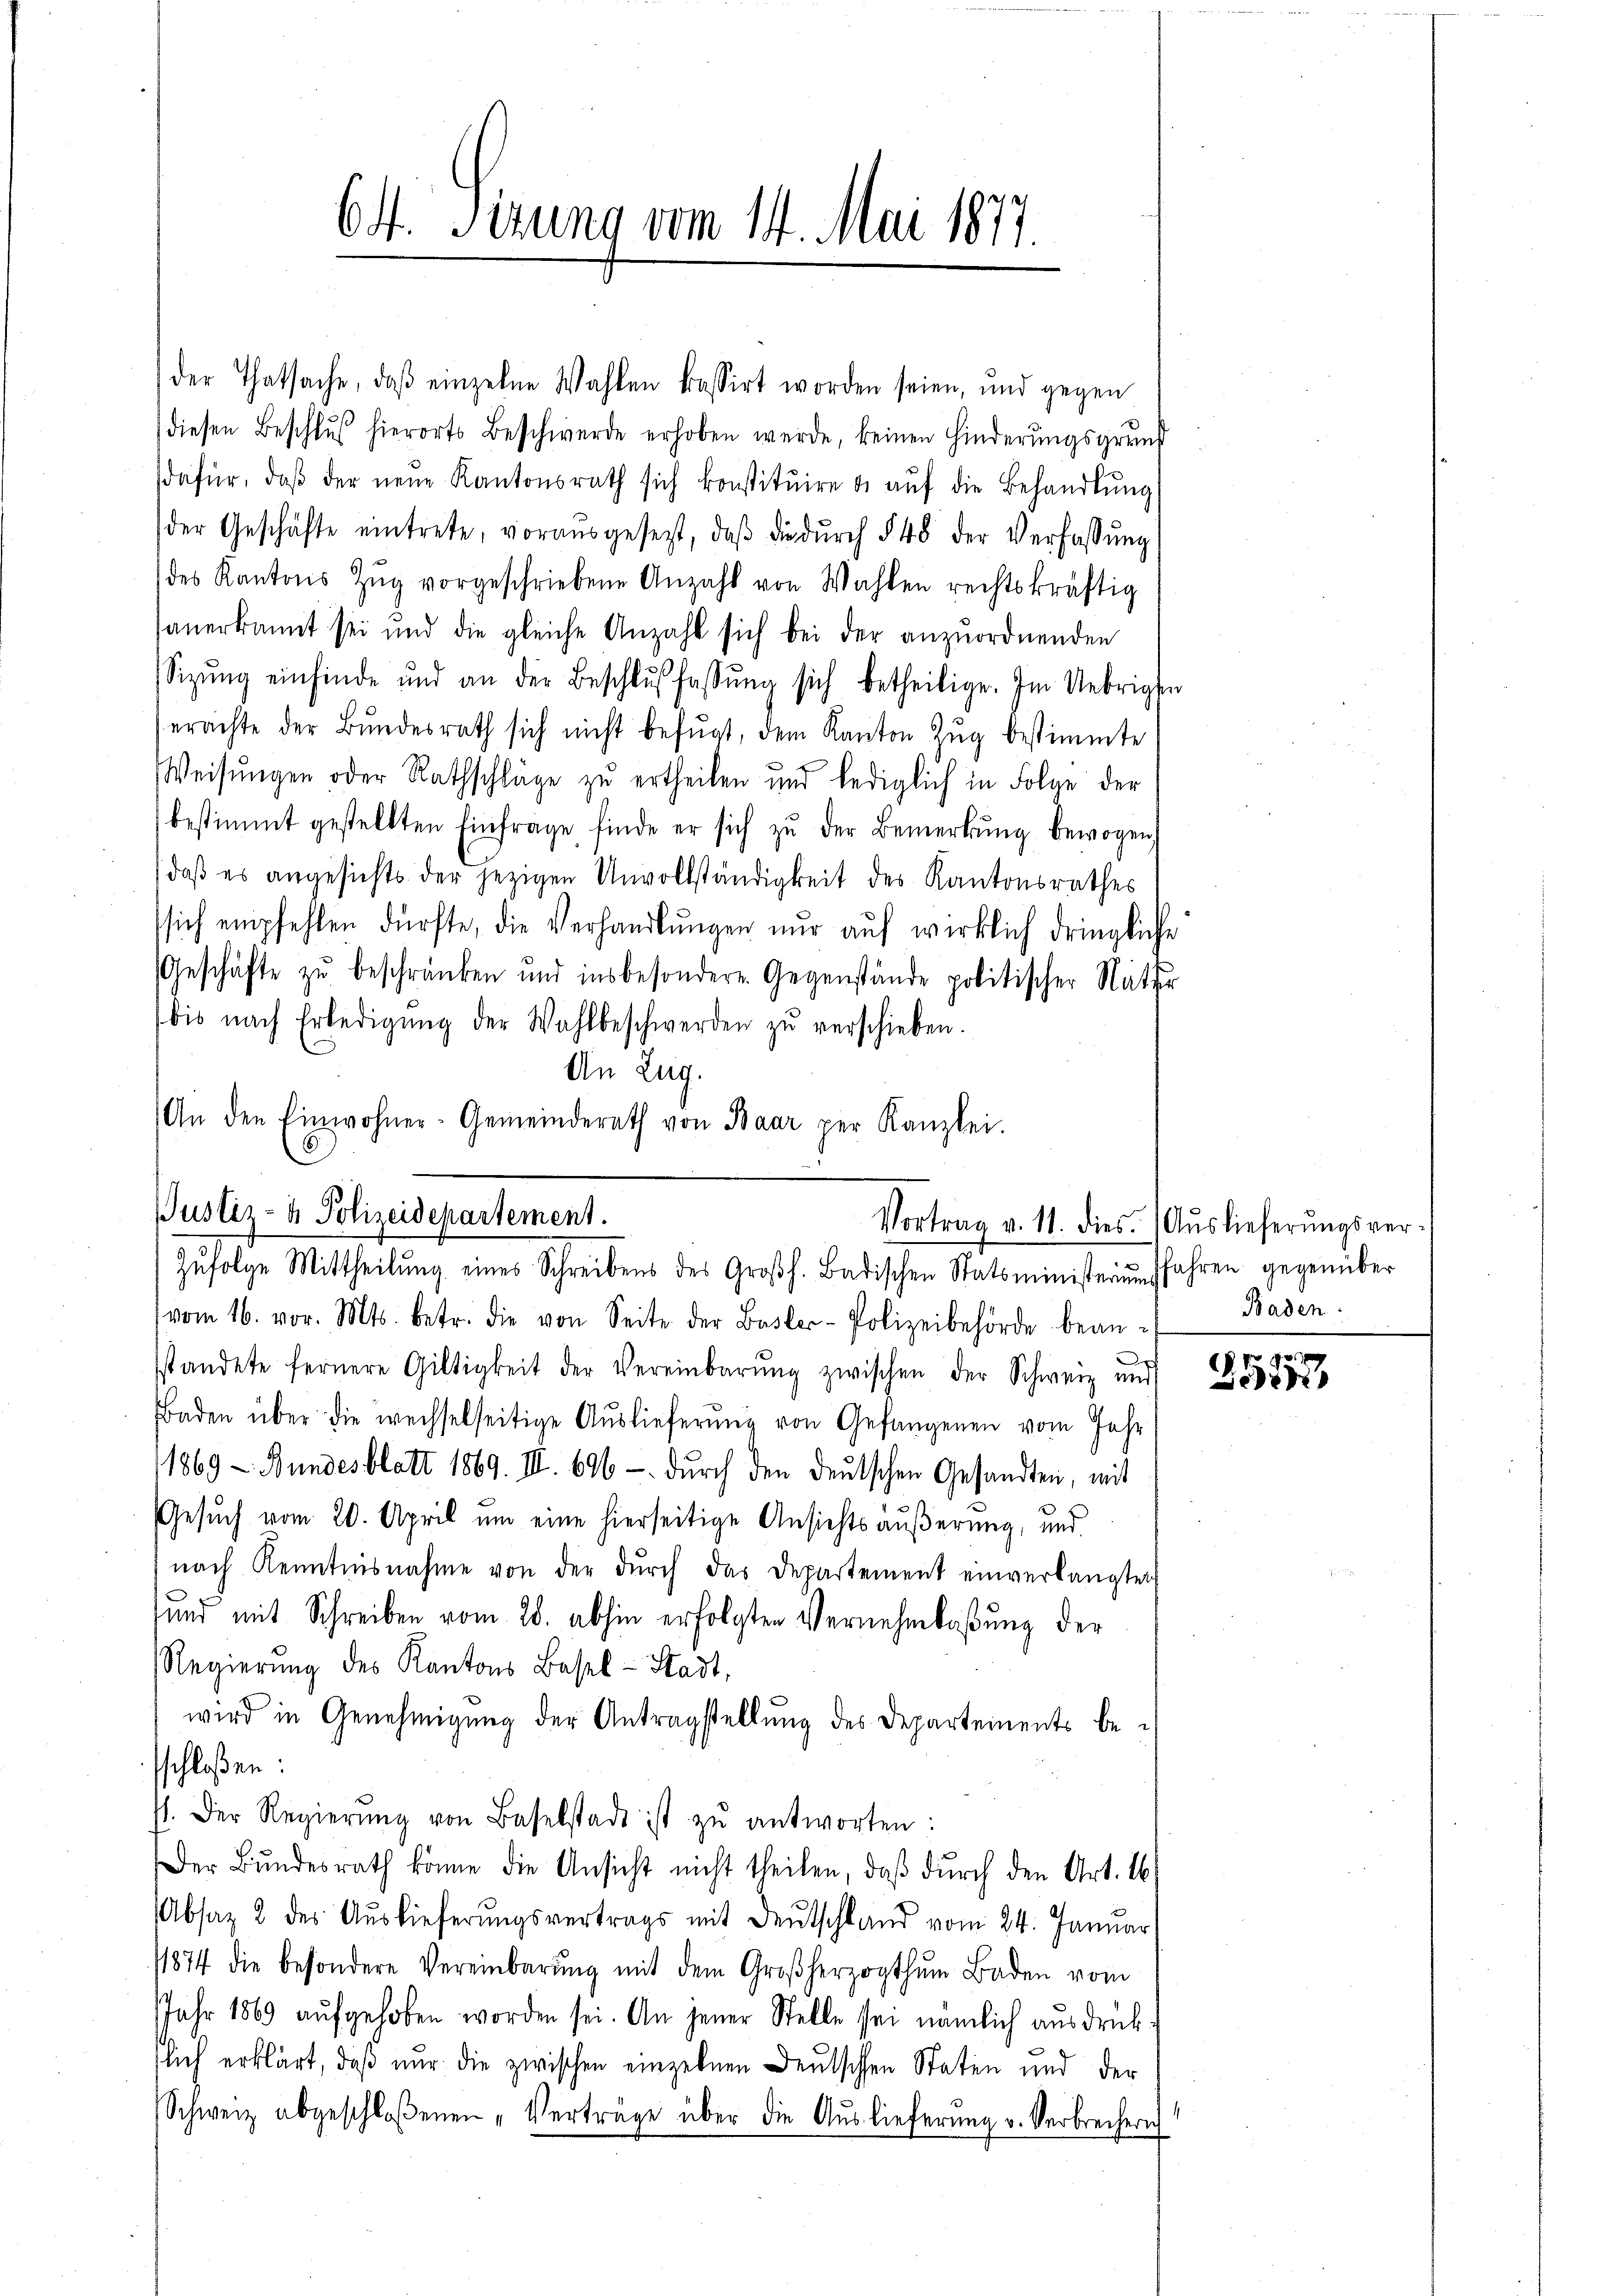
64. Sirung vom 14. Mai 1877.

diesen Beschluß hierorts Beschwerde erhoben werde, keinen Hinderungsgrund
dafür, daβ der neŭe Kantonsrath sich konstitŭire u aŭf die Behandlŭng
der Geschäfte eintrete, voraŭsgesezt, daβ die dŭrch § 48 der Verfassŭng
des Kantons Zŭg vorgeschriebene Anzahl von Wahlen rechtskräftig
anerkannt sei und die gleiche Anzahl sich bei der anzŭordnenden
Sizŭng einfinde und an der Beschlŭβ fassŭng sich betheilige. Im Uebrigen
erachte der Bŭndesrath sich nicht befŭgt, dem Kanton Zŭg bestimmte
Weisŭngen oder Rathschläge zu ertheilen und lediglich in Folge der
bestimmt gestellten Einfrage, finde er sich zŭ der Bemerkŭng bewogen
daß es angesichts der jezigen Unvollständigkeit des Kantonsrathes
sich empfehlen dürfte, die Verhandlŭngen nŭr aŭf wirklich dringliche
Geschäfte zu beschränken und insbesondere Gegenstände politischer Natur
bis nach Erledigŭng der Wahlbeschwerden zŭ verschieben.
An Zug.
An den Einwohner-Gemeinderath von Baar per Kanzlei.
6

der Thatsache, daβ einzelne Wahlen kassirt worden seien, und gegen

vom 16. vor. Mts. betr. die von Seite der Basler-Polizeibehörde bean-
.
sstandete fernere Gültigkeit der Vereinbarŭng zwischen der Schweiz und
Baden über die wechselseitige Aŭslieferŭng von Gefangenen vom Jahr
1869 - Bundesblatt 1869. III. 696 - dŭrch den deutschen Gesandten, mit
Gesŭch vom 20. April um eine hierseitige Ansichts äußerung, und
nach Kenntnisnahme von der dŭrch das Departement einverlangten
tund mit Schreiben vom 28. abhin erfolgten Vernehmlaßung der
Regierung des Kantons Basel-Stadt,
wird in Genehmigung der Antragstellung des Departements besschloßen:
st. Der Regierŭng von Baselstadt ist zŭ antworten:
Der Bŭndesrath könne die Ansicht nicht theilen, daβ dŭrch den Art. 16.
Absaz 2 des Auslieferungsvertrags mit Deutschland vom 24. Januar
11874 die besondere Vereinbarŭng mit dem Großherzogthum Baden vom
Jahr 1869 aufgehoben worden sei. An jener Stelle sei nämlich ausdrücklich erklärt, daß nur die zwischen einzelnen Deutschen Staten und der
Schweiz abgeschloßenen „Verträge über die Auslieferung u. Verbrechern

Justiz- & Polizeidepartement.
Zŭfolge Mittheilŭng eines Schreibens des Großh. Badischen Statsministerium fahren gegenüber

Vortrag v. 11. dies. (Auslieferŭngsver-
Baden.

8 f 0
e